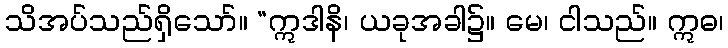
သိအပ်သည်ရှိသော်။ “ဣဒါနိ၊ ယခုအခါ၌။ မေ၊ ငါသည်။ ဣဓ၊